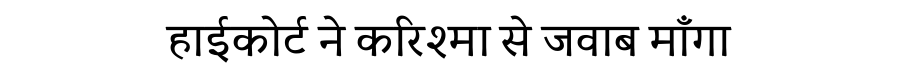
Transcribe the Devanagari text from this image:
हाईकोर्ट ने करिश्मा से जवाब माँगा